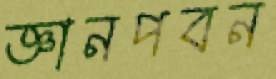
জ্ঞানপবন